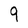
Character: 9